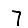
Digit: 7